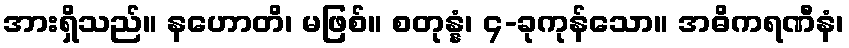
အားရှိသည်။ နဟောတိ၊ မဖြစ်။ စတုန္နံ၊ ၄-ခုကုန်သော။ အဓိကရဏီနံ၊